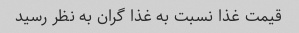
قیمت غذا نسبت به غذا گران به نظر رسید